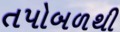
તપોબળથી